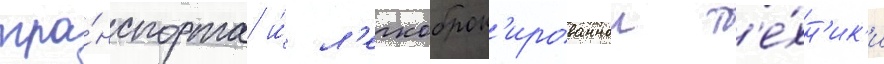
тра́нспорта и́ л'егкоброн'ированнои т'е́хн'ик'и